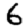
Digit: 6